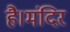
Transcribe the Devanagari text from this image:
है।मंदिर